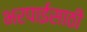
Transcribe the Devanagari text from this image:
भरपाईसाठी